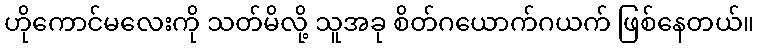
ဟိုကောင်မလေးကို သတ်မိလို့ သူအခု စိတ်ဂယောက်ဂယက် ဖြစ်နေတယ်။